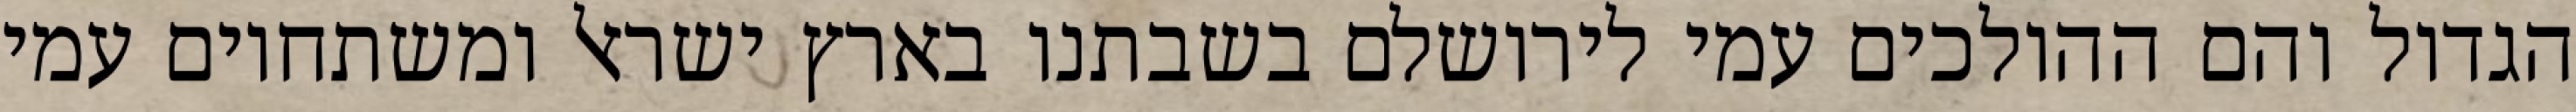
הגדול והם ההולכים עמי לירושלם בשבתנו בארץ ישראל ומשתחוים עמי